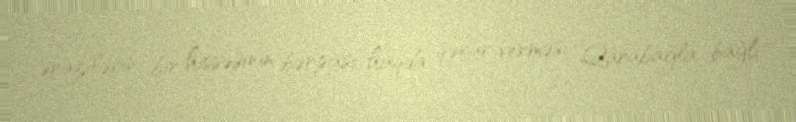
ərazilərin bir hissəsinin bərpası haqda qərar verməsi Qarabağla bağlı